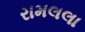
રામલલા